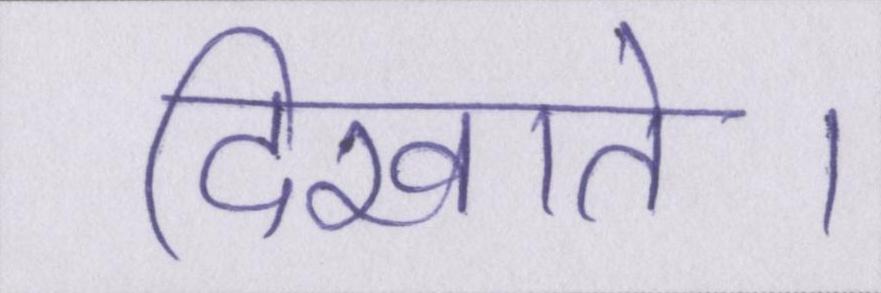
दिखाते।